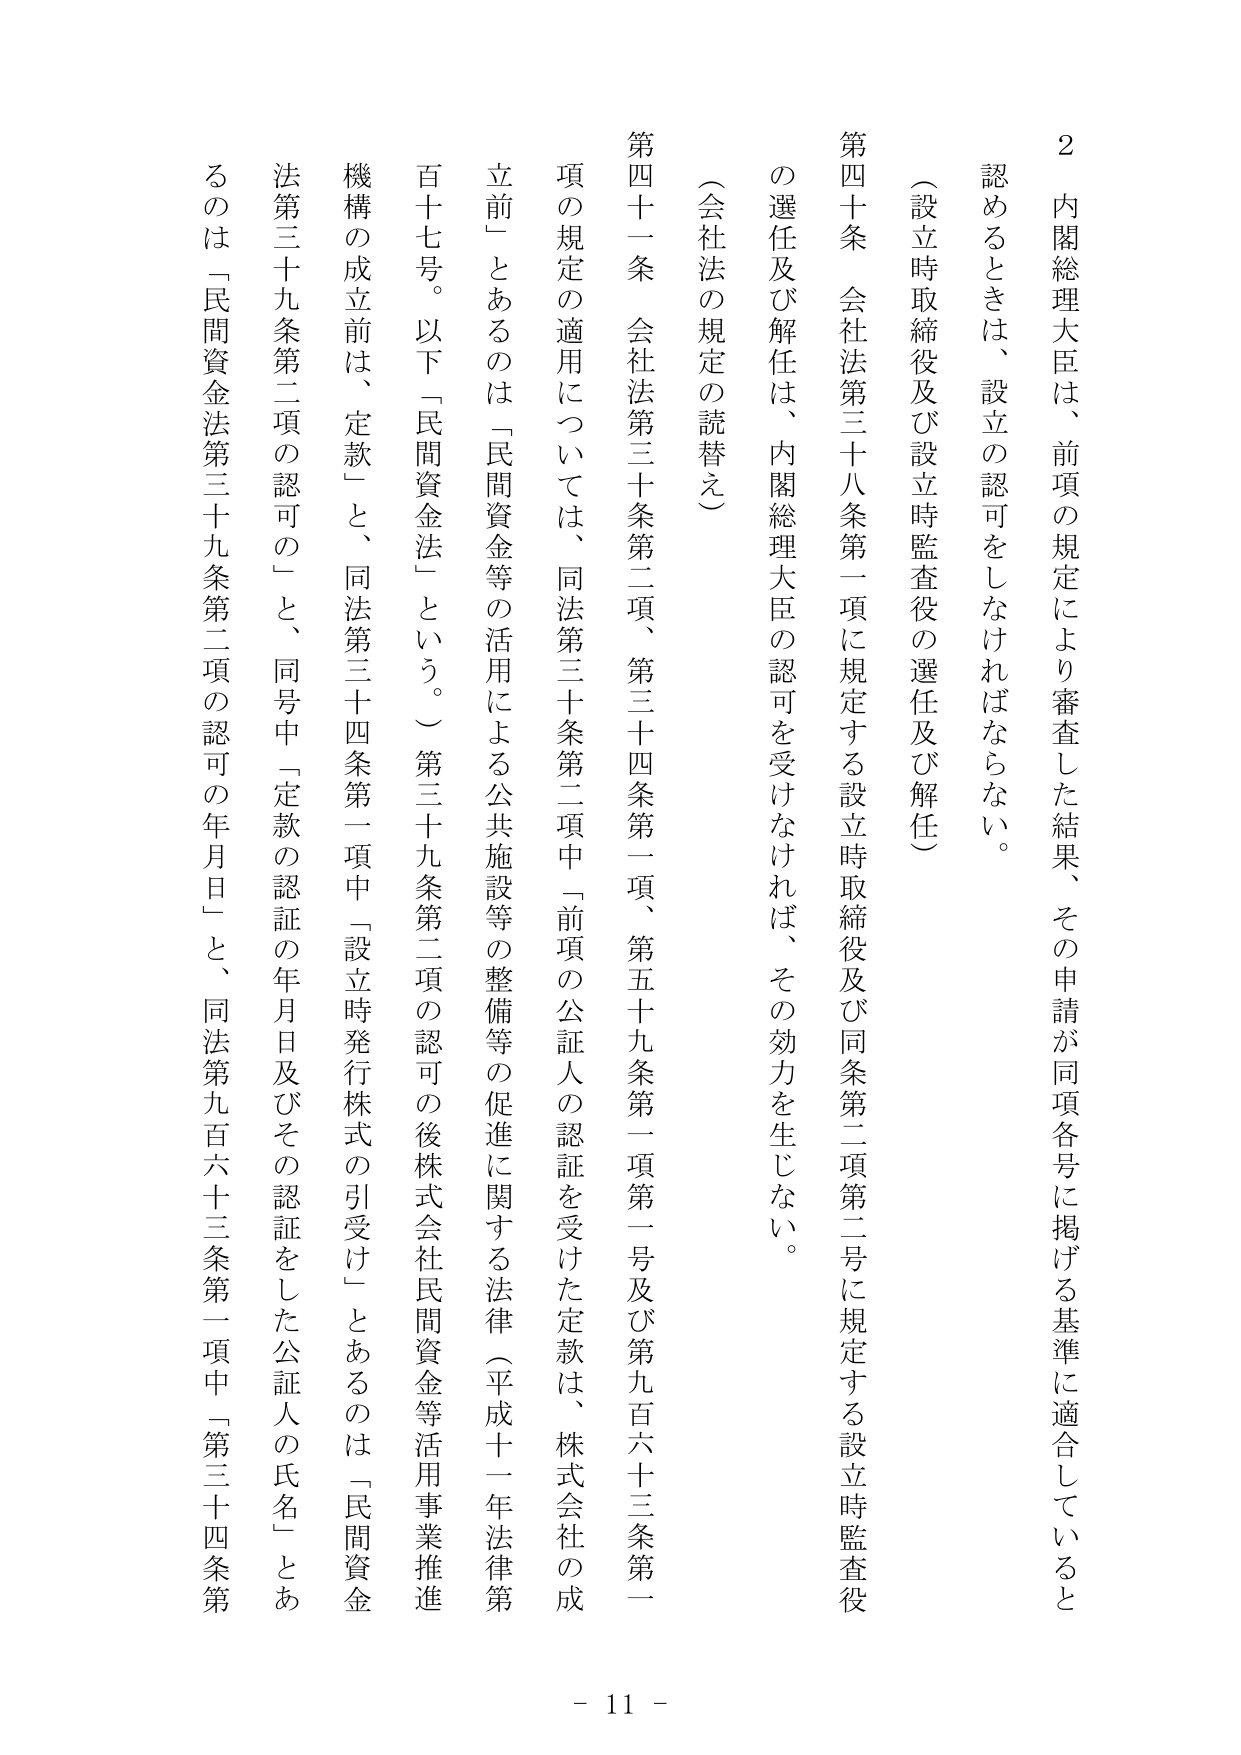
2 内閣総理大臣は、前項の規定により審査した結果、その申請が同項各号に掲げる基準に適合していると認めるときは、設立の認可をしなければならない。

（設立時取締役及び設立時監査役の選任及び解任）

第四十条 会社法第三十八条第一項に規定する設立時取締役及び同条第二項第二号に規定する設立時監査役の選任及び解任は、内閣総理大臣の認可を受けなければ、その効力を生じない。

（会社法の規定の読替え）

第四十一条 会社法第三十条第二項、第三十四条第一項、第五十九条第一項第一号及び第九百六十三条第一項の規定の適用については、同法第三十条第二項中「前項の公証人の認証を受けた定款は、株式会社の成立前」とあるのは「民間資金等の活用による公共施設等の整備等の促進に関する法律（平成十一年法律第百十七号。以下「民間資金法」という。）第三十九条第二項の認可の後株式会社民間資金等活用事業推進機構の成立前は、定款」と、同法第三十四条第一項中「設立時発行株式の引受け」とあるのは「民間資金法第三十九条第二項の認可の」と、同号中「定款の認証の年月日及びその認証をした公証人の氏名」とあるのは「民間資金法第三十九条第二項の認可の年月日」と、同法第九百六十三条第一項中「第三十四条第

- 11 -